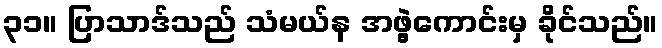
၃၁။ ပြာသာဒ်သည် သံမယ်န အဖွဲ့ကောင်းမှ ခိုင်သည်။